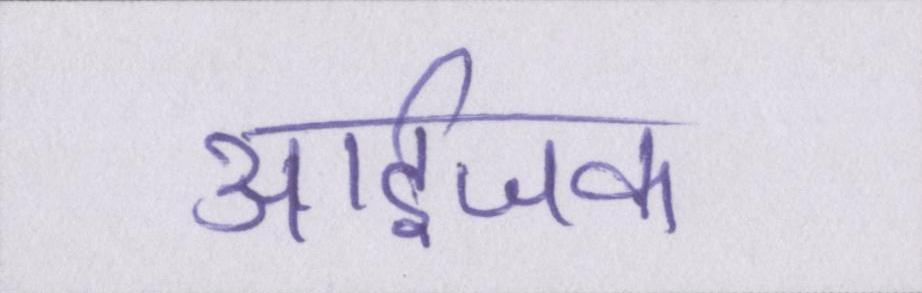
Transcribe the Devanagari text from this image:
आईजक